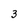
Character: 3